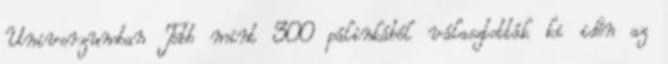
Univerzumban Több mint 300 pálinkából választották ki idén az